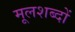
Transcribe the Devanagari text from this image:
मूलशब्दों